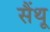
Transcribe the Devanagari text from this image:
सैंथू